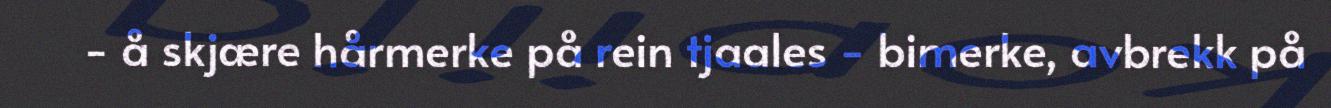
- å skjære hårmerke på rein tjaales - bimerke, avbrekk på